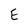
Character: E